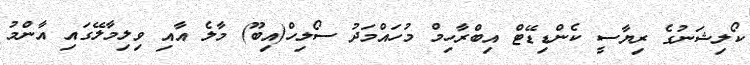
ކޯލިޝަނުގެ ރިޔާސީ ކެންޑިޑޭޓް އިބްރާހިމް މުހައްމަދު ސޯލިހް(އިބޫ) މާލެ އާއި ވިލިމާލޭގައި އާންމު